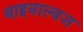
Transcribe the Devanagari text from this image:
बाइवाल्वज